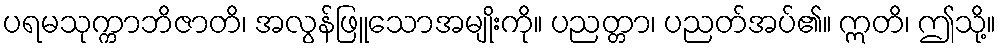
ပရမသုက္ကာဘိဇာတိ၊ အလွန်ဖြူသောအမျိုးကို။ ပညတ္တာ၊ ပညတ်အပ်၏။ ဣတိ၊ ဤသို့။